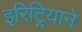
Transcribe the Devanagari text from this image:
इरिट्रियाने